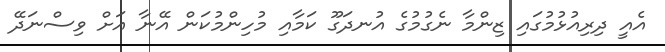
އެއީ ދިރިއުޅުމުގައި ޒިންމާ ނެގުމުގެ އުނދަގޫ ކަމާއި މުހިންމުކަން އޭނާ އަށް ވިސްނަދޭ